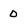
Character: 0